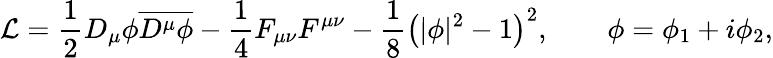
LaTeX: {\cal L}={\frac{1}{2}}D_{\mu}\phi{\overline{{{D^{\mu}\phi}}}}-{\frac{1}{4}}F_{\mu\nu}F^{\mu\nu}-{\frac{1}{8}}\left(|\phi|^{2}-1\right)^{2},\qquad\phi=\phi_{1}+i\phi_{2},